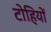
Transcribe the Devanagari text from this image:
टोहियों